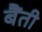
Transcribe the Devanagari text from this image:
बैंती